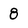
Character: 8